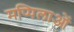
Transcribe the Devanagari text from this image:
मप्पिलाओं